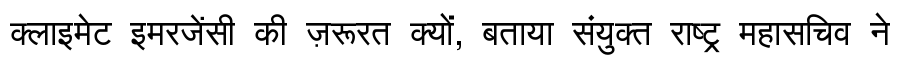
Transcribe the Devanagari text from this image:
क्लाइमेट इमरजेंसी की ज़रूरत क्यों, बताया संयुक्त राष्ट्र महासचिव ने